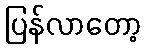
ပြန်လာတော့